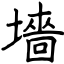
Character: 墻